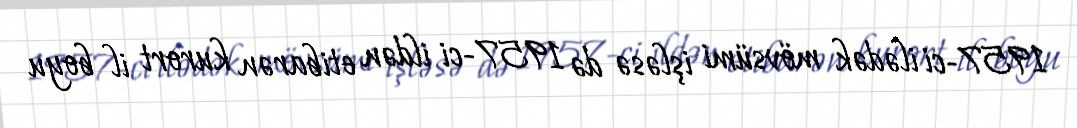
1957-ci ilədək mövsümi işləsə də 1957-ci ildən etibarən kurort il boyu